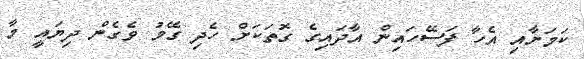
ކަމަށާއި އެހާ ފަސޭހައިން އާދައިގެ ގޮތަކަށް ހެދި ގޭމު ވެގެން ދިޔައީ މާ